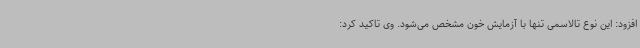
افزود: این نوع تالاسمی تنها با آزمایش خون مشخص می‌شود. وی تاکید کرد: